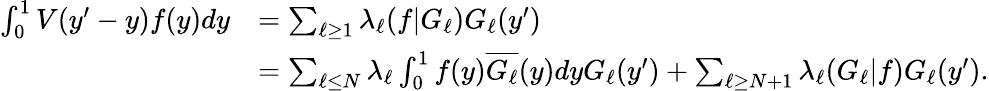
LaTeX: \begin{array}{rl}{\int_{0}^{1}V(y^{\prime}-y)f(y)dy}&{=\sum_{\ell\ge 1}\lambda_{\ell}(f|G_{\ell})G_{\ell}(y^{\prime})}\\ &{=\sum_{\ell\le N}\lambda_{\ell}\int_{0}^{1}f(y)\overline{{G_{\ell}}}(y)dyG_{\ell}(y^{\prime})+\sum_{\ell\ge N+1}\lambda_{\ell}(G_{\ell}|f)G_{\ell}(y^{\prime}).}\end{array}